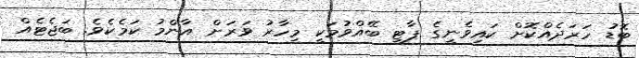
ބޮޑު ހަރަދެއްކޮށް ކައިވެނީގެ ޕާޓީ ބޭއްވުމަކީ މިހާރު ވަރަށް އާންމު ކަމެކެވެ. ބަޖެޓެއް